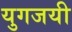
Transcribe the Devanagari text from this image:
युगजयी